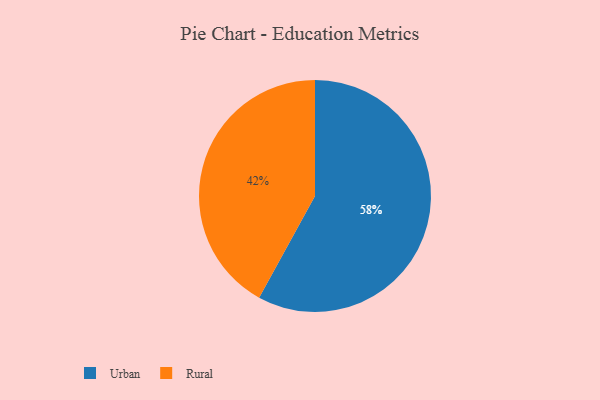
{"axis": {"x": "Category", "y": "Percentage"}, "legend": ["Rural", "Urban"], "data": [{"x": "Rural", "y": 42, "type": "Rural"}, {"x": "Urban", "y": 58, "type": "Urban"}]}